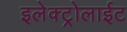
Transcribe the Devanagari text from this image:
इलेक्ट्रोलाईट